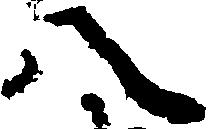
八